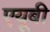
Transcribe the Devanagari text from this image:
एयूबी